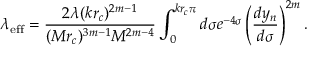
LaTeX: \lambda _ { \mathrm { \tiny { e f f } } } = \frac { 2 \lambda ( k r _ { c } ) ^ { 2 m - 1 } } { ( M r _ { c } ) ^ { 3 m - 1 } M ^ { 2 m - 4 } } \int _ { 0 } ^ { k r _ { c } \pi } d \sigma e ^ { - 4 \sigma } \left( \frac { d y _ { n } } { d \sigma } \right) ^ { 2 m } .